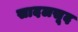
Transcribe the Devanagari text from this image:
सादलसूद